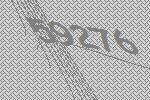
59276